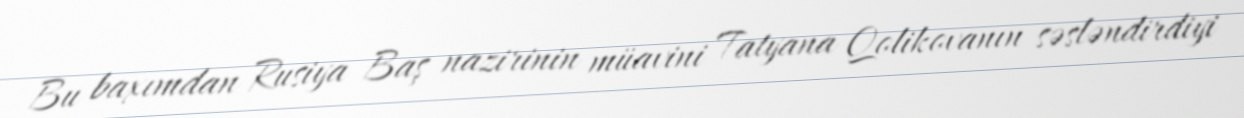
Bu baxımdan Rusiya Baş nazirinin müavini Tatyana Qolikovanın səsləndirdiyi